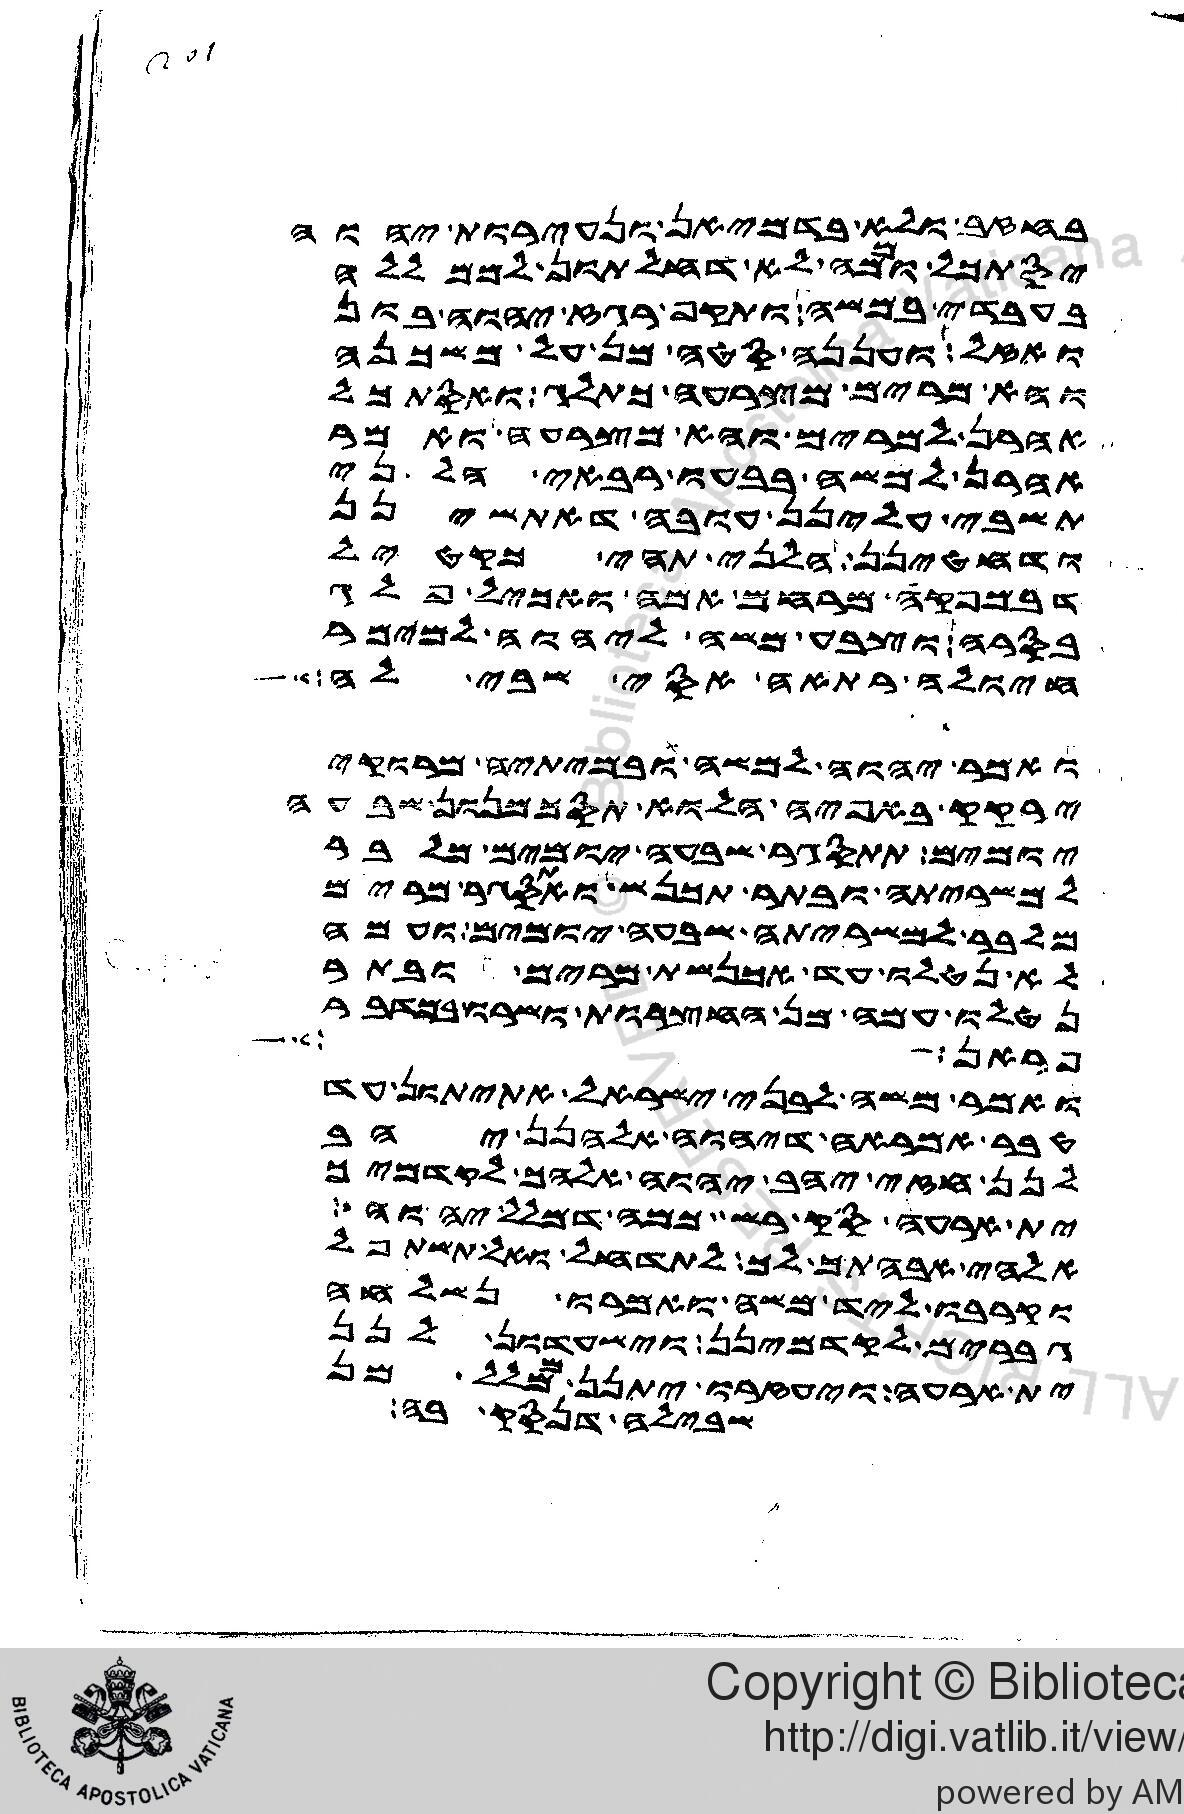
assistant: בחזב ולא בדמיאן ונעירות יהוה
יסתכל וממה לא דחלתון לממלל
בעבדי במשה ותקף רגז יהוה בון
ואזל ועננה סטה מן על משכנה
והא מרים מצרעה כתלג ואסתכל
אהרן למרים והא מצרעה ואמר
אהרן למשה בבעו רבאי הל ני
תשבי עלינן עובה דאתשינן
ודחטינן הלני תהי כקטיל
דבמפקה מרחם אמה ואכיל פלג
בסרה וצבע משה ליהוה למימר
חיולה רתאה אסי שבי לה
ואמר יהוה למשה ובמיתיה מרוקי
ירקק באפיה הלוא תסכמנון שבעה
יומים תתסגר שבעה יומים מלבר
למשריתה ובתר תכנש ואתסגרת מרים
מלבר למשריתה שבעה יומים ועמה
לא נטלו עד אכנשת מרים ובתר
נטלו עמה מן החצרות ושרו בקפר
פראן
ואמר משה לבני ישראל אתיתון עד
טבר אמראה דיהוה אלהנן יהב
לנן חזי יהב יהוה אלהך לקדמיך
ית ארעה סק רשת כמה דמלל יהוה
אלהי אבהתך לך לתדחל ואל תשתפל
וקרבו ליד משה ואמרו נשלחה
גברים לקדמינן וישעדון לנן
ית ארעה ויעזרו יתנן ממלל מן
שבילה דנסק בה